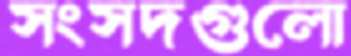
সংসদগুলো